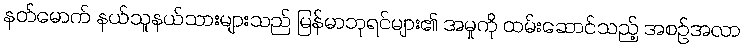
နတ်မောက် နယ်သူနယ်သားများသည် မြန်မာဘုရင်များ၏ အမှုကို ထမ်းဆောင်သည့် အစဉ်အလာ